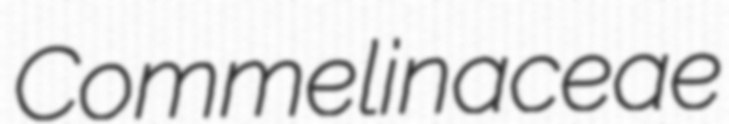
Commelinaceae